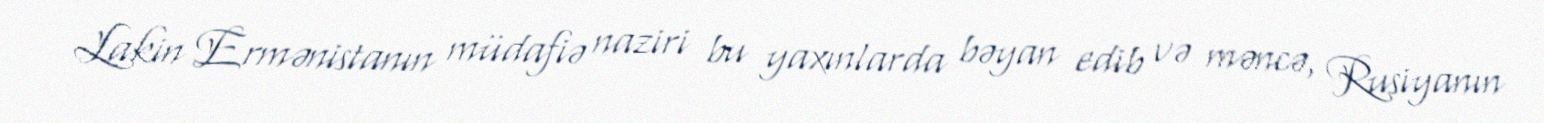
Lakin Ermənistanın müdafiə naziri bu yaxınlarda bəyan edib və məncə, Rusiyanın